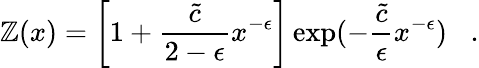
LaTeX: {\cal\mathbb{Z}}(x)=\left[1+{\frac{{\tilde{{c}}}}{{2-\epsilon}}}x^{-\epsilon}\right]\exp(-{\frac{{\tilde{{c}}}}{{\epsilon}}}x^{-\epsilon})\; \; \; .